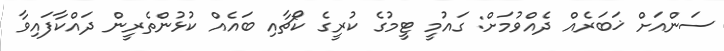
ސަންއަށް ޚަބަރެއް ދެއްވުމަށް: ގައުމީ ޓީމުގެ ކުރީގެ ކޯޗާއި ބައެއް ކުޅުންތެރީން ދައްކާފައިވާ